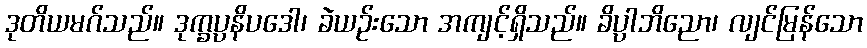
ဒုတိယမဂ်သည်။ ဒုက္ခပ္ပနိပဒေါ၊ ခဲယဉ်းသော အကျင့်ရှိသည်။ ခိပ္ပါဘိညော၊ လျင်မြန်သော